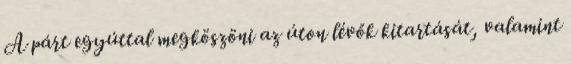
A párt egyúttal megköszöni az úton lévők kitartását, valamint